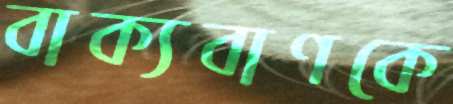
বাক্যবাণকে